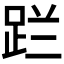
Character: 𮛔